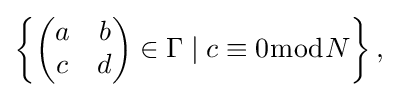
{\textstyle \left\{{\begin{pmatrix}a&b\\c&d\end{pmatrix}}\in \Gamma \mid c\equiv 0{\bmod {N}}\right\},}